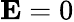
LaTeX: {\mathbf E=0}